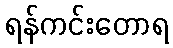
ရန်ကင်းတောရ